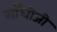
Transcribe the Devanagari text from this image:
गाँधीजी